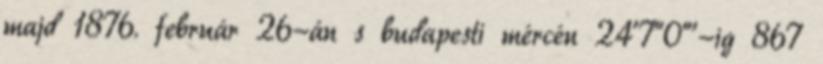
majd 1876. február 26-án s budapesti mércén 24’7”0”’-ig 867